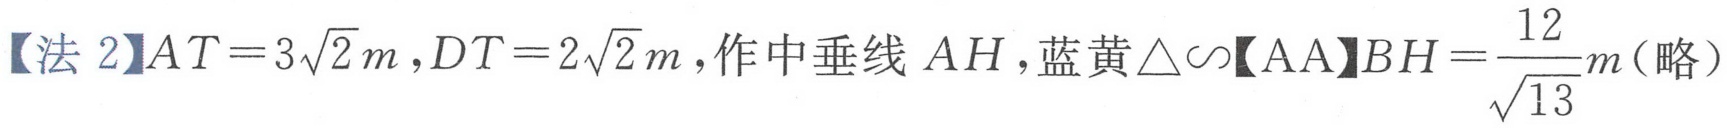
【法 2】\(AT = 3\sqrt{2}m,DT = 2\sqrt{2}m\),作中垂线\(AH\),蓝黄\(\triangle\sim\)【AA】\(BH=\frac{12}{\sqrt{13}}m\)(略)